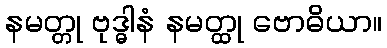
နမတ္တု ဗုဒ္ဓါနံ နမတ္ထု ဗောဓိယာ။